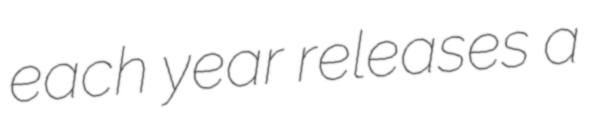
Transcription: each year releases a